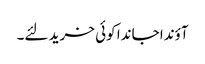
آؤندا جاندا کوئی خرید لئے۔